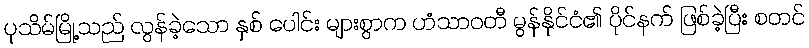
ပုသိမ်မြို့သည် လွန်ခဲ့သော နှစ် ပေါင်း များစွာက ဟံသာဝတီ မွန်နိုင်ငံ၏ ပိုင်နက် ဖြစ်ခဲ့ပြီး စတင်